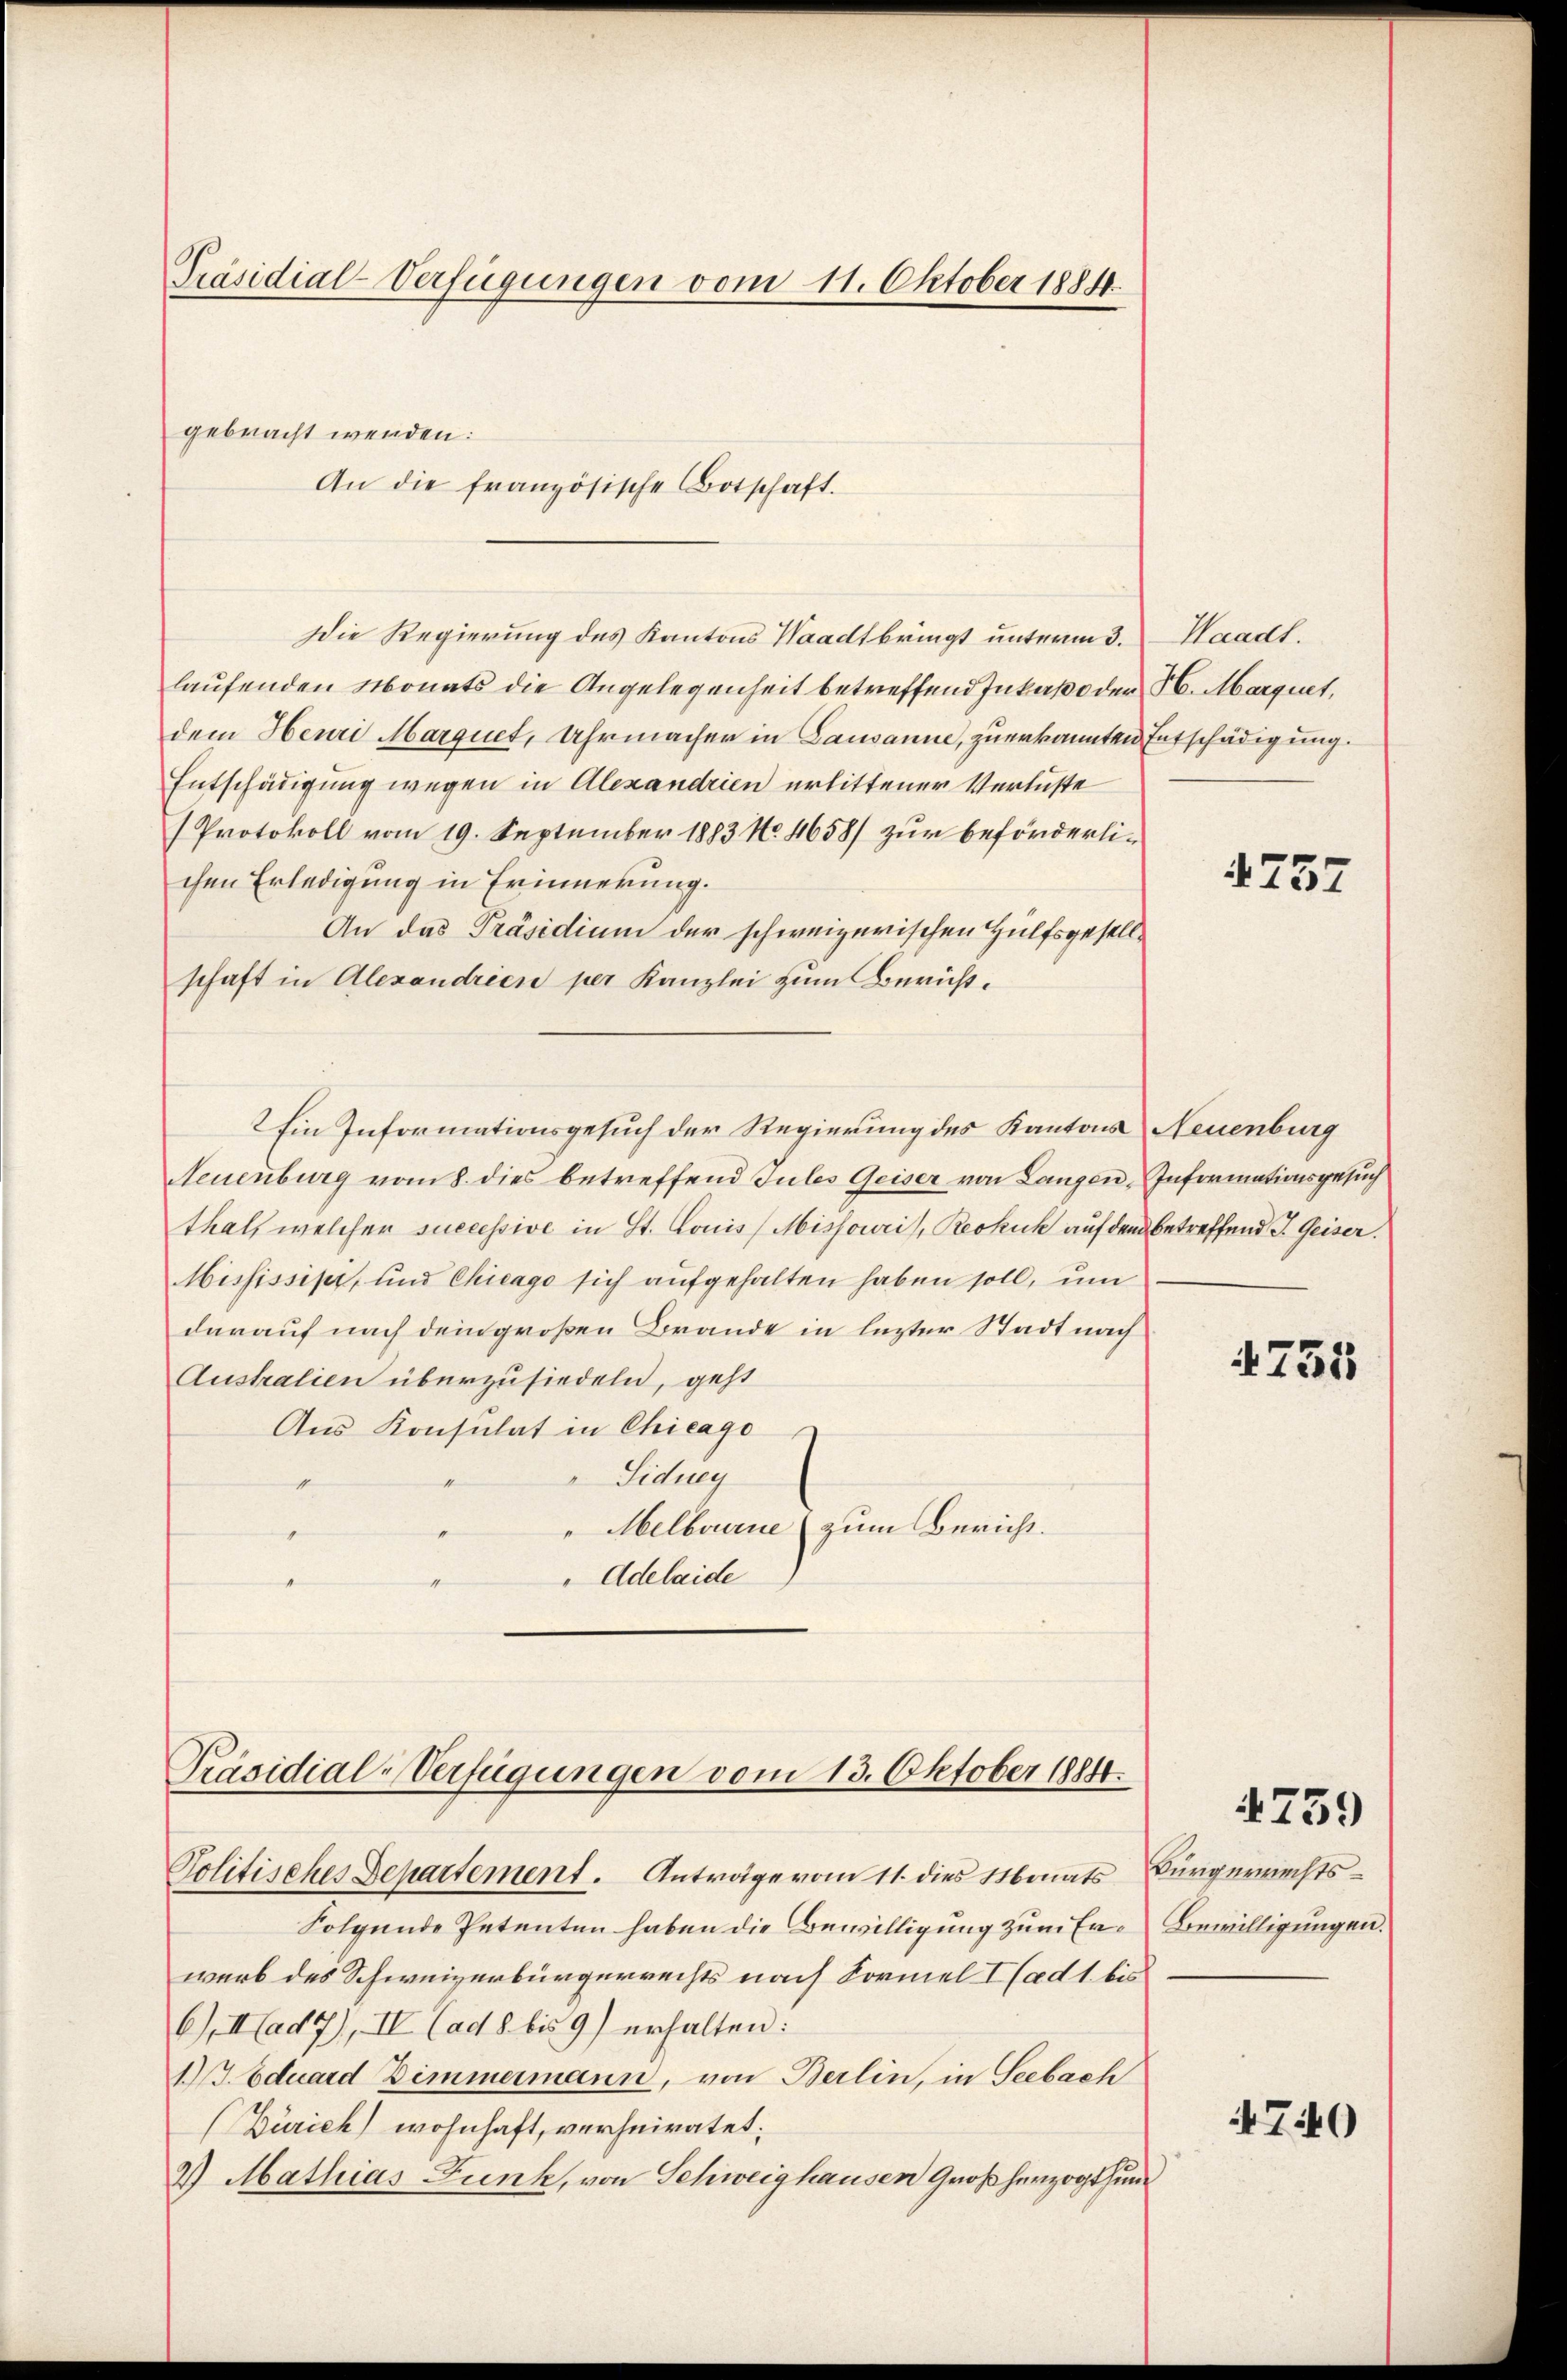
Präsidial-Verfügungen vom 11. Oktober 1884.

gebracht werden:
An die französische Botschaft.

Die Regierung des Kantons Waadtbringt unterm 3.
laufenden Monats die Angelegenheit betreffend Inkapo der N. Marquet,
dem Heuri Marquet, Uhrmacher in Lausanne, zuerkannten Entschädigung.
Entschädigung wegen in Alexandrien erlittener Verluste
Protokoll vom 19. September 1883 No. 4658/ zur beförderlichen Erledigung in Erinnerung.
An das Präsidium der schweizerischen Hülfsgesellschaft in Alexandrien per Kanzlei zum Berücht¬
2Ein Informationsgesuch der Regierung des Kantons Neuenburg
Neuenburg vom 8. dies betreffend Tules Geiser von Langen Informationsgesuch
thal, welcher successive in St. Louis (Missouris, Reokuck auf dem betreffend I. Geiser.
Mississipe, und Chicago sich aufgehalten haben soll, um
darauf nach dem großen Brande in lezter Stadt nach
Australien überzusiedeln, geht
Aus Konsulat in Chicago
Sidueg
"Melbourne (zum Bericht.
Adelaide

Präsidial-Verfügungen vom 13. Oktober 1884.
Politisches Departement. Antrage vom 11. dies Monats Bürgerrechts¬

Waadt.

Folgende Petenten haben die Bewilligung zum Er- Bewilligungen.
werb des Schweizerbürgerrechts nach Formel I (ad 1. bis
6), Mad7), IV Cad 8 bis 9) erhalten.
1.) J. Eduard Zimmermann, von Berlin, in Seebach
Zürich) wohnhaft, verheiratet:
2) Mathias Funk, von Schweighausen Großherzogthum

4757

731

4759

79